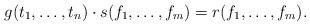
LaTeX: \begin{align*} g (t_1,\ldots, t_n) \cdot s(f_1,\ldots,f_m) = r (f_1,\ldots, f_m). \end{align*}